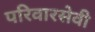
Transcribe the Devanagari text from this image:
परिवारसेवी